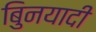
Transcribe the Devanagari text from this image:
बुिनयादी